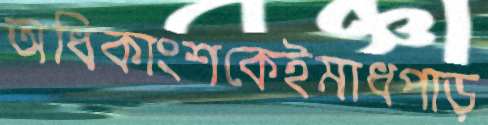
অধিকাংশকেইমাধপাড়